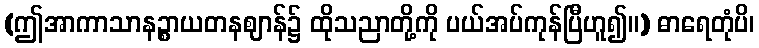
(ဤအာကာသာနဉ္စာယတနဈာန်၌ ထိုသညာတို့ကို ပယ်အပ်ကုန်ပြီဟူ၍။) ဓာရေတုံပိ၊